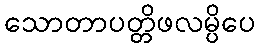
သောတာပတ္တိဖလမ္ပိပေ